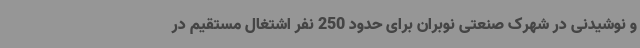
و نوشیدنی در شهرک صنعتی نوبران برای حدود 250 نفر اشتغال مستقیم در